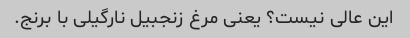
این عالی نیست؟ یعنی مرغ زنجبیل نارگیلی با برنج.